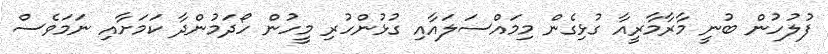
ފުލުހުން ބުނީ މާރާމާރީއާ ގުޅިގެން މިމައްސަލައާއި ގުޅުންހުރި މީހުން ހޯދަމުންދާ ކަމަށާއި ނަމަވެސް